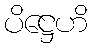
ပိဋ္ဌေဟိ